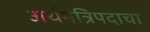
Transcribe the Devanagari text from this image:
अर्थमंत्रिपदाचा